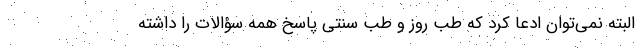
البته نمی‌توان ادعا کرد که طب روز و طب سنتی پاسخ همه سؤالات را داشته